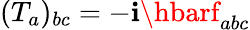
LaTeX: (T_{a})_{bc}=-\mathbf{i}\hbarf_{abc}